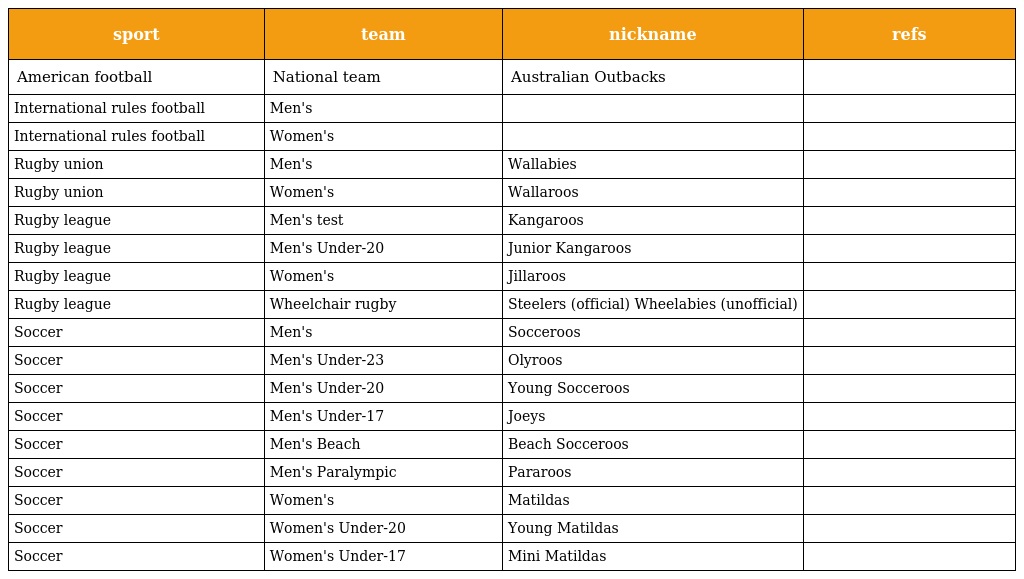
| sport | team | nickname | refs |
 | --- | --- | --- | --- |
 | American football | National team | Australian Outbacks |  |
 | International rules football | Men's |  |  |
 | International rules football | Women's |  |  |
 | Rugby union | Men's | Wallabies |  |
 | Rugby union | Women's | Wallaroos |  |
 | Rugby league | Men's test | Kangaroos |  |
 | Rugby league | Men's Under-20 | Junior Kangaroos |  |
 | Rugby league | Women's | Jillaroos |  |
 | Rugby league | Wheelchair rugby | Steelers (official) Wheelabies (unofficial) |  |
 | Soccer | Men's | Socceroos |  |
 | Soccer | Men's Under-23 | Olyroos |  |
 | Soccer | Men's Under-20 | Young Socceroos |  |
 | Soccer | Men's Under-17 | Joeys |  |
 | Soccer | Men's Beach | Beach Socceroos |  |
 | Soccer | Men's Paralympic | Pararoos |  |
 | Soccer | Women's | Matildas |  |
 | Soccer | Women's Under-20 | Young Matildas |  |
 | Soccer | Women's Under-17 | Mini Matildas |  |